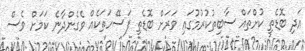
އަދި ބޮޑެތި ކުށްތައް ސާބިތުކުރުމުގައި ވަރަށް ބޮޑެތި ފަސޭހަތަކެއް ވެގެންދާނެ ކަމަށް ވެސް